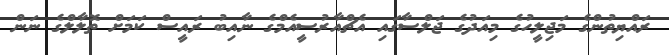
ރައްޔިތުންގެ މަޖިލީހުގެ މިއަދުގެ ޖަލްސާގައި އެޗްއާރުސީއެމްގެ ނާއިބު ރައީސް ކަމަށް ތޮލާލްގެ ނަން